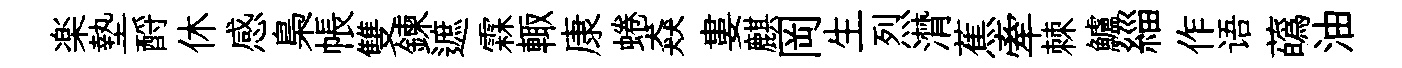
楽墊酹休感梟帳雙鍊遮霖輙康蜷猋婁麒岡生烈潸蕉牽棘鱸緇作语蘤油